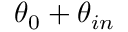
\theta _ { 0 } + \theta _ { i n }